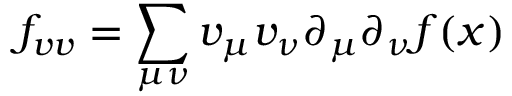
f _ { v v } = \sum _ { \mu \nu } v _ { \mu } v _ { \nu } \partial _ { \mu } \partial _ { \nu } f ( { \boldsymbol { x } } )